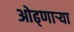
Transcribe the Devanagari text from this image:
ओढ्णार्‍या